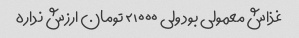
غذاش معمولی بود ولی ۲۱۰۰۰ تومان ارزش نداره